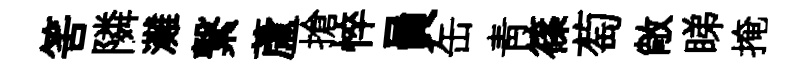
筈隣灘繋蘆搶悴員缶青篠萄敞睇掩